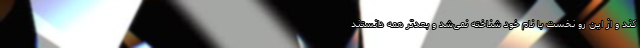
کند و از این رو نخست با نام خود شناخته نمی‌شد و بعدتر همه دانستند